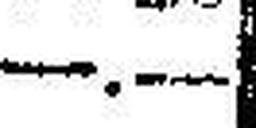
—.—